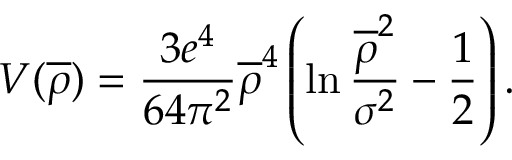
V ( \overline { { { \rho } } } ) = \frac { 3 e ^ { 4 } } { 6 4 \pi ^ { 2 } } \overline { { { \rho } } } ^ { 4 } \left( \ln \frac { \overline { { { \rho } } } ^ { 2 } } { \sigma ^ { 2 } } - \frac { 1 } { 2 } \right) .